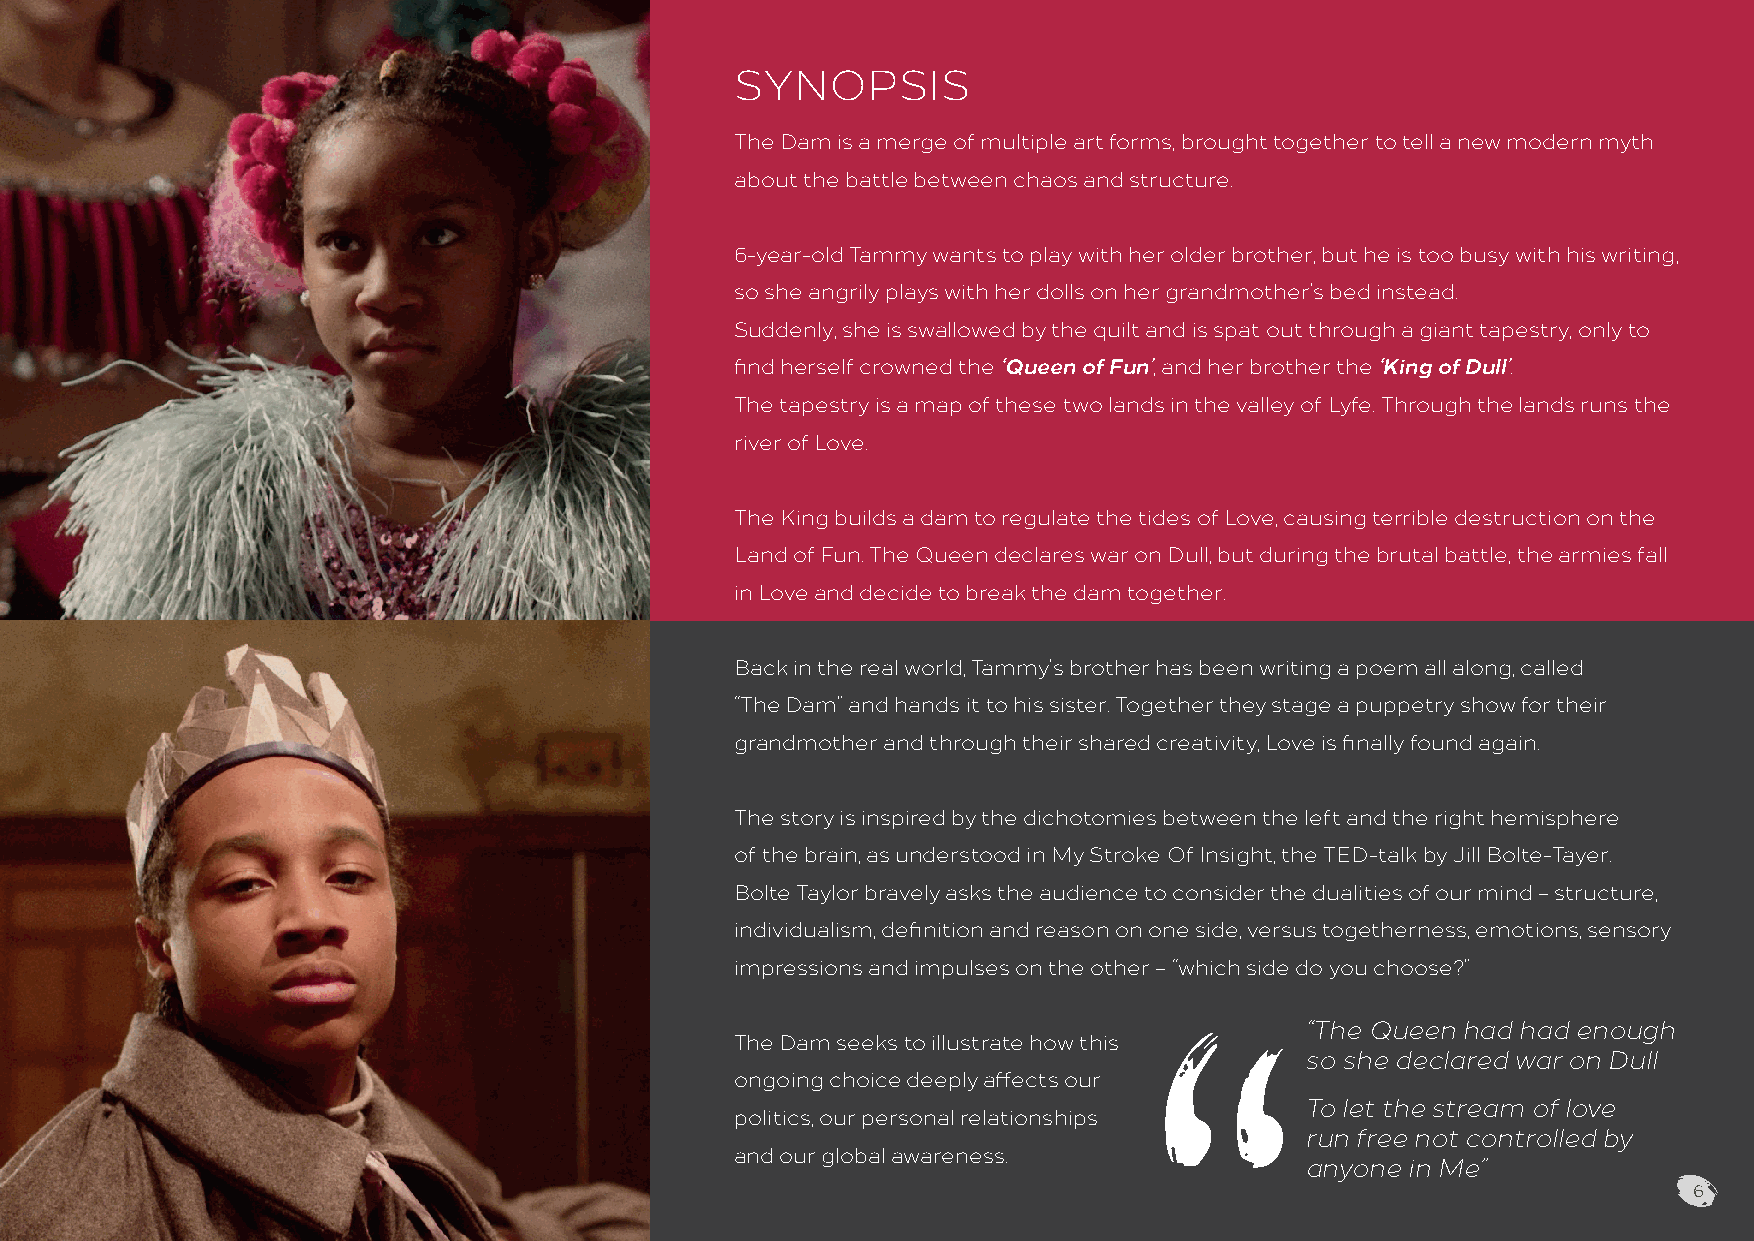
SYNOPSIS
 The Dam is a merge of multiple art forms, brought together to tell a new modern myth
 about the battle between chaos and structure.
 6-year-old Tammy wants to play with her older brother, but he is too busy with his writing,
 so she angrily plays with her dolls on her grandmother’s bed instead.
 Suddenly, she is swallowed by the quilt and is spat out through a giant tapestry, only to
 find herself crowned the ‘Queen of Fun’, and her brother the ‘King of Dull’.
 The tapestry is a map of these two lands in the valley of Lyfe. Through the lands runs the
 river of Love.
 The King builds a dam to regulate the tides of Love, causing terrible destruction on the
 Land of Fun. The Queen declares war on Dull, but during the brutal battle, the armies fall
 in Love and decide to break the dam together.
 Back in the real world, Tammy’s brother has been writing a poem all along, called
 “The Dam” and hands it to his sister. Together they stage a puppetry show for their
 grandmother and through their shared creativity, Love is finally found again.
 The story is inspired by the dichotomies between the left and the right hemisphere
 of the brain, as understood in My Stroke Of Insight, the TED-talk by Jill Bolte-Tayer.
 Bolte Taylor bravely asks the audience to consider the dualities of our mind – structure,
 individualism, definition and reason on one side, versus togetherness, emotions, sensory
 impressions and impulses on the other – “which side do you choose?”
 “The Queen had had enough
 The Dam seeks to illustrate how this
 so she declared war on Dull
 ongoing choice deeply affects our
 To let the stream of love
 politics, our personal relationships
 run free not controlled by
 and our global awareness.
 anyone in Me”
 6